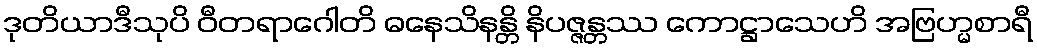
ဒုတိယာဒီသုပိ ဝီတရာဂေါတိ ဓနေသိနန္တိ နိပဇ္ဇန္တဿ ကောဋ္ဌာသေဟိ အဗြဟ္မစာရီ